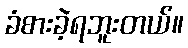
ခံစားခဲ့ရဘူးတယ်။